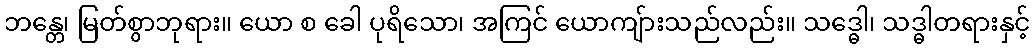
ဘန္တေ၊ မြတ်စွာဘုရား။ ယော စ ခေါ ပုရိသော၊ အကြင် ယောကျ်ားသည်လည်း။ သဒ္ဓေါ၊ သဒ္ဓါတရားနှင့်